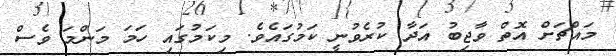
މައްޗަށް އޮތް ވާޖިބު އަދާ ކުރެވުނީ ކަމުގައެވެ. މިކަމުގައި ހަމަ މަންމަ ވެސް